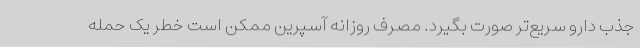
جذب دارو سریع‌تر صورت بگیرد. مصرف روزانه آسپرین ممکن است خطر یک حمله